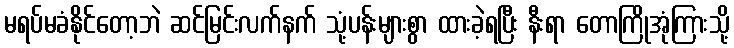
မရပ်မခံနိုင်တော့ဘဲ ဆင်မြင်းလက်နက် သုံ့ပန်းများစွာ ထားခဲ့ရပြီး နီးရာ တောကြိုအုံကြားသို့